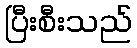
ပြီးစီးသည်